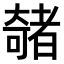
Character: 𫯽